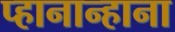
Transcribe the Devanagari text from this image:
प्हानान्हाना